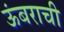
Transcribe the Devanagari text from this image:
ऊंबराची